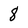
Character: 8